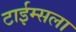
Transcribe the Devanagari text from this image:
टाईम्सला